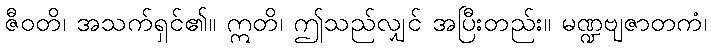
ဇီဝတိ၊ အသက်ရှင်၏။ ဣတိ၊ ဤသည်လျှင် အပြီးတည်း။ မဏ္ဍဗျဇာတကံ၊